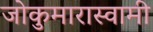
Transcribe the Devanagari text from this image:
जोकुमारास्वामी